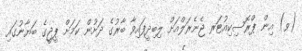
(ވ) އިން ޕްރޮސިކިއުޓަރ ޖެނެރަލްއަށް ލިބިދީފައިވާ ބާރުގެ ދަށުން ކަމަށް ޕީޖީގެ ބަޔާނުގައި